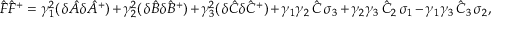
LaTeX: { \hat { F } } { \hat { F } } ^ { + } = \gamma _ { 1 } ^ { 2 } ( \, \delta { \hat { A } } \delta { \hat { A } } ^ { + } ) + \gamma _ { 2 } ^ { 2 } ( \, \delta { \hat { B } } \delta { \hat { B } } ^ { + } ) + \gamma _ { 3 } ^ { 2 } ( \, \delta { \hat { C } } \delta { \hat { C } } ^ { + } ) + \gamma _ { 1 } \gamma _ { 2 } \, { \hat { C } } \, \sigma _ { 3 } + \gamma _ { 2 } \gamma _ { 3 } \, { \hat { C } } _ { 2 } \, \sigma _ { 1 } - \gamma _ { 1 } \gamma _ { 3 } \, { \hat { C } } _ { 3 } \, \sigma _ { 2 } ,